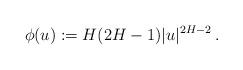
LaTeX: \begin{align*}\phi(u):=H(2H-1) |u|^{2H-2}\,. \end{align*}